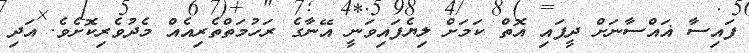
ފައިސާ ޣައްސާނަށް ދީފައި އޮތް ކަމަށް ލިޔެފައިވަނީ އޭނާގެ ރަހުމަތްތެރިއެއް މެދުވެރިކޮށެވެ. އަދި